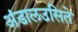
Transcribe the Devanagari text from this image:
अंडालउसिते